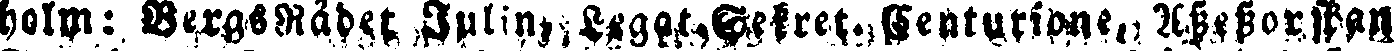
holm: BergsRådet Julin, Lagat, Gefret. Fenturidne, Assessorskan